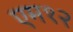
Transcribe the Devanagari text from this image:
एम१२